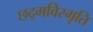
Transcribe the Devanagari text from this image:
छद्मविस्मृति